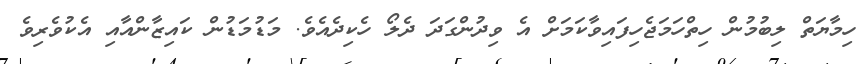
ހިމާޔަތް ލިބުމުން ހިތްހަމަޖެހިފައިވާކަމަށް އެ ވިދުންގަދަ ދެލޯ ހެކިދެއެވެ. މަޑުމަޑުން ކައިޒާންއާއި އެކުވެރިވެ